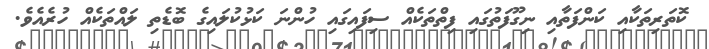
ކޮތަރިތަކާއި ކަންފަތާއި ނިގޫފަތުގައި ފިތްތަކެއް ސިފައިގައި ހުންނަ ކަޅުކުލައިގެ ބޮޑެތި ލައްތަކެއް ހުރެއެވެ.